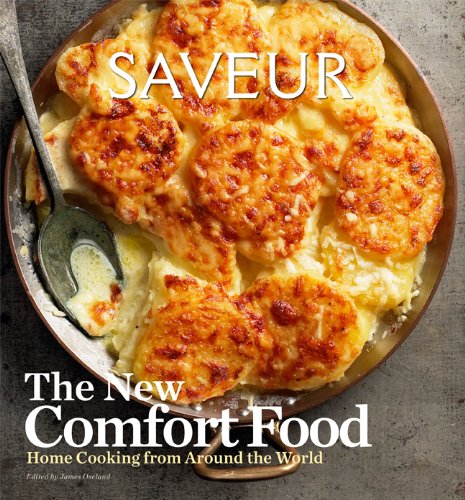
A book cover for Saveur: The New Comfort Food - Home Cooking from Around the World; James Oseland; Cookbooks, Food & Wine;